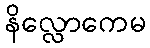
နိလ္လောကေမ